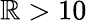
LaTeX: \mathbb{R}>10